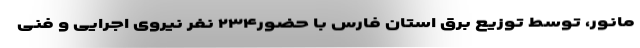
مانور، توسط توزیع برق استان فارس با حضور۲۳۴ نفر نیروی اجرایی و فنی